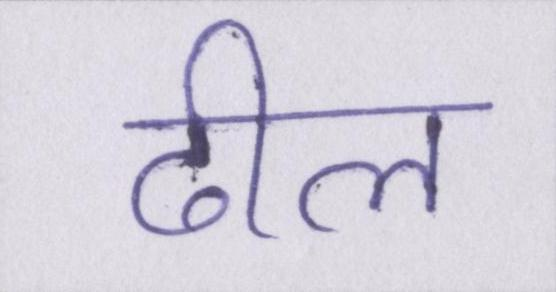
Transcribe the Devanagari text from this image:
ढील